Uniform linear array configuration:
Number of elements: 16
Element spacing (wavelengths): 0.25
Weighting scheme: hann
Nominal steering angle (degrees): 0
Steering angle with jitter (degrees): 0.3512
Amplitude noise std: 0.05
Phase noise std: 0.05

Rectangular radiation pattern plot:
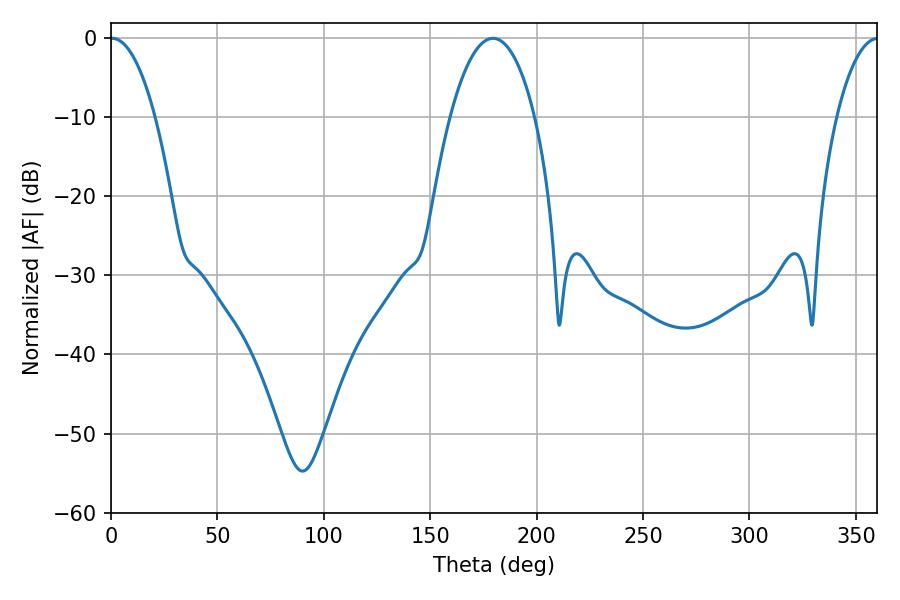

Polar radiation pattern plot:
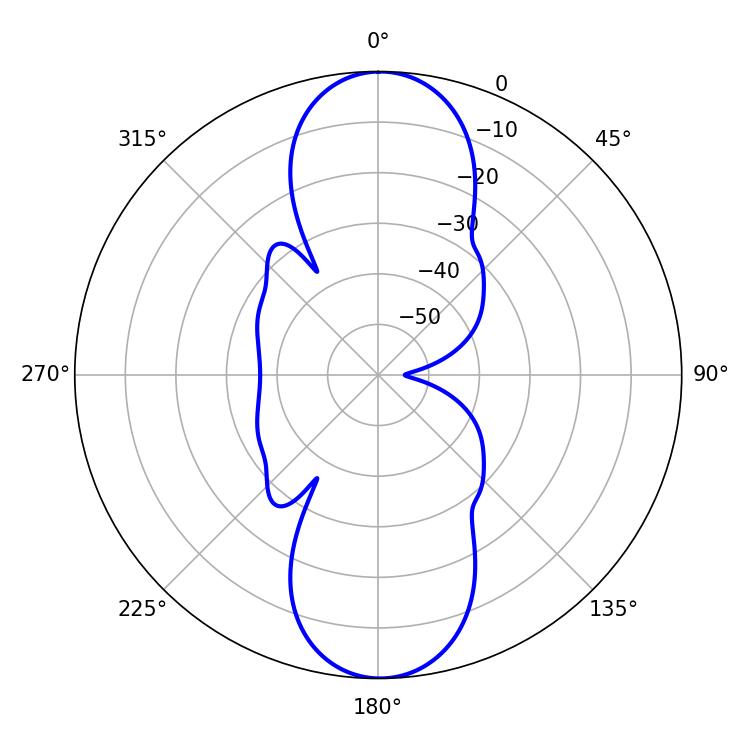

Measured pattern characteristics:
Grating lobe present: FALSE
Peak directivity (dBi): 22.982
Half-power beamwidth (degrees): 11.7
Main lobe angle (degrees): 0.54